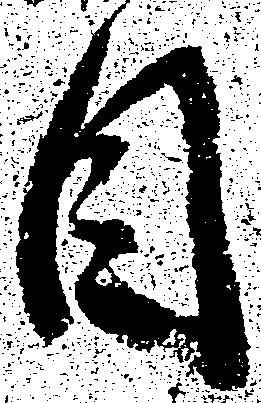
目